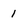
Character: 1